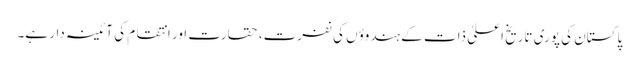
پاکستان کی پوری تاریخ اعلیٰ ذات کے ہندوؤں کی نفرت، حقارت اور انتقام کی آئینہ دار ہے۔